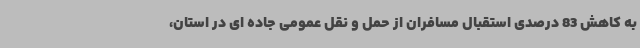
به کاهش 83 درصدی استقبال مسافران از حمل و نقل عمومی جاده ای در استان،